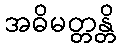
အဓိမတ္တန္တိ